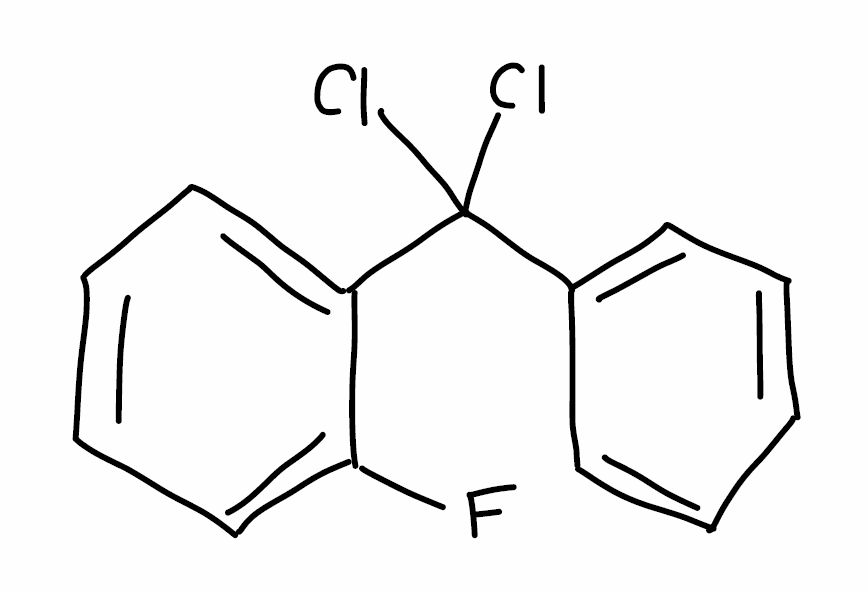
Simplified molecular-input line-entry system (SMILES) notation of the given molecule:
C1=CC=C(C=C1)C(C2=CC=CC=C2F)(Cl)Cl